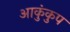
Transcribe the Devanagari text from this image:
आकुंकुप